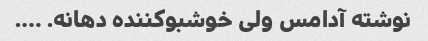
نوشته آدامس ولی خوشبوکننده دهانه. ….